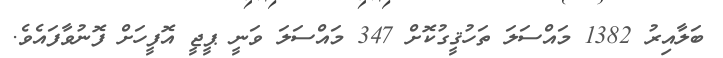
ބަލާއިރު 1382 މައްސަލަ ތަހުޤީގުކޮށް 347 މައްސަލަ ވަނީ ޕީޖީ އޮފީހަށް ފޮނުވާފައެވެ.